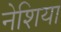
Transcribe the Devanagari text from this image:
नेशिया